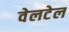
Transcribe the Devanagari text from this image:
वेलटेल